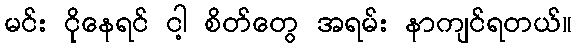
မင်း ငိုနေရင် ငါ့ စိတ်တွေ အရမ်း နာကျင်ရတယ်။